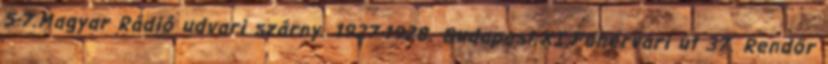
5-7.Magyar Rádió udvari szárny. 1927-1928. Budapest.XI.Fehérvári út 37. Rendőr